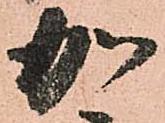
加